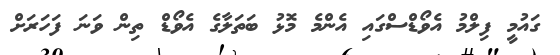
ގައުމީ ފިލްމު އެވޯޑްސްގައި އެންމެ މޮޅު ބަތަލާގެ އެވޯޑް ތިން ވަނަ ފަހަރަށް